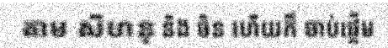
តាម សីហនុ និង ចិន ហើយក៏ ចាប់ផ្តើម